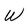
Character: W